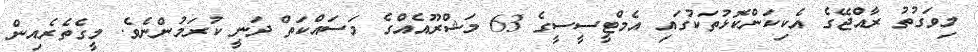
މިވަގުތު ރާއްޖޭގެ އެކިކަންކޮޅުތަކުގައި އެމްޓީސީސީގެ 63 މަޝްރޫއެއްގެ މަސައްކަތް ދަނީ ކުރަމުންނެވެ. މީގެތެރެއިން